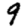
Digit: 9